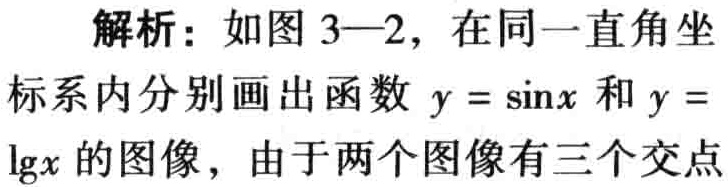
解析：如图 3—2，在同一直角坐标系内分别画出函数 \(y = \sin x\) 和 \(y = \lg x\) 的图像，由于两个图像有三个交点